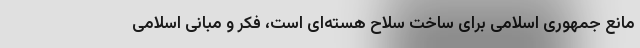
مانع جمهوری اسلامی برای ساخت سلاح هسته‌ای است، فکر و مبانی اسلامی